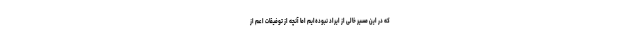
که در این مسیر خالی از ایراد نبوده‌ایم اما آنچه از توفیقات اعم از